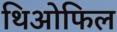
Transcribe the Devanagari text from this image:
थिओफिल